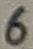
Text: 6